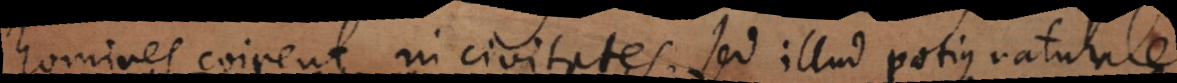
homines coirent in civitates, sed illud potius naturale